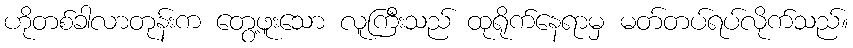
ဟိုတစ်ခါလာတုန်းက တွေ့ဖူးသော လူကြီးသည် ထုရိုက်နေရာမှ မတ်တပ်ရပ်လိုက်သည်။